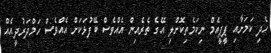
ހެދި ކަމަށާއި ޕީޕީއެމް ނިކަމެތިކޮށްލި އޭގެ ތެރެއިން އެއްވެސް ބޭފުޅަކަށް އެއްވެސް ހަމްދަރުދީއެއް